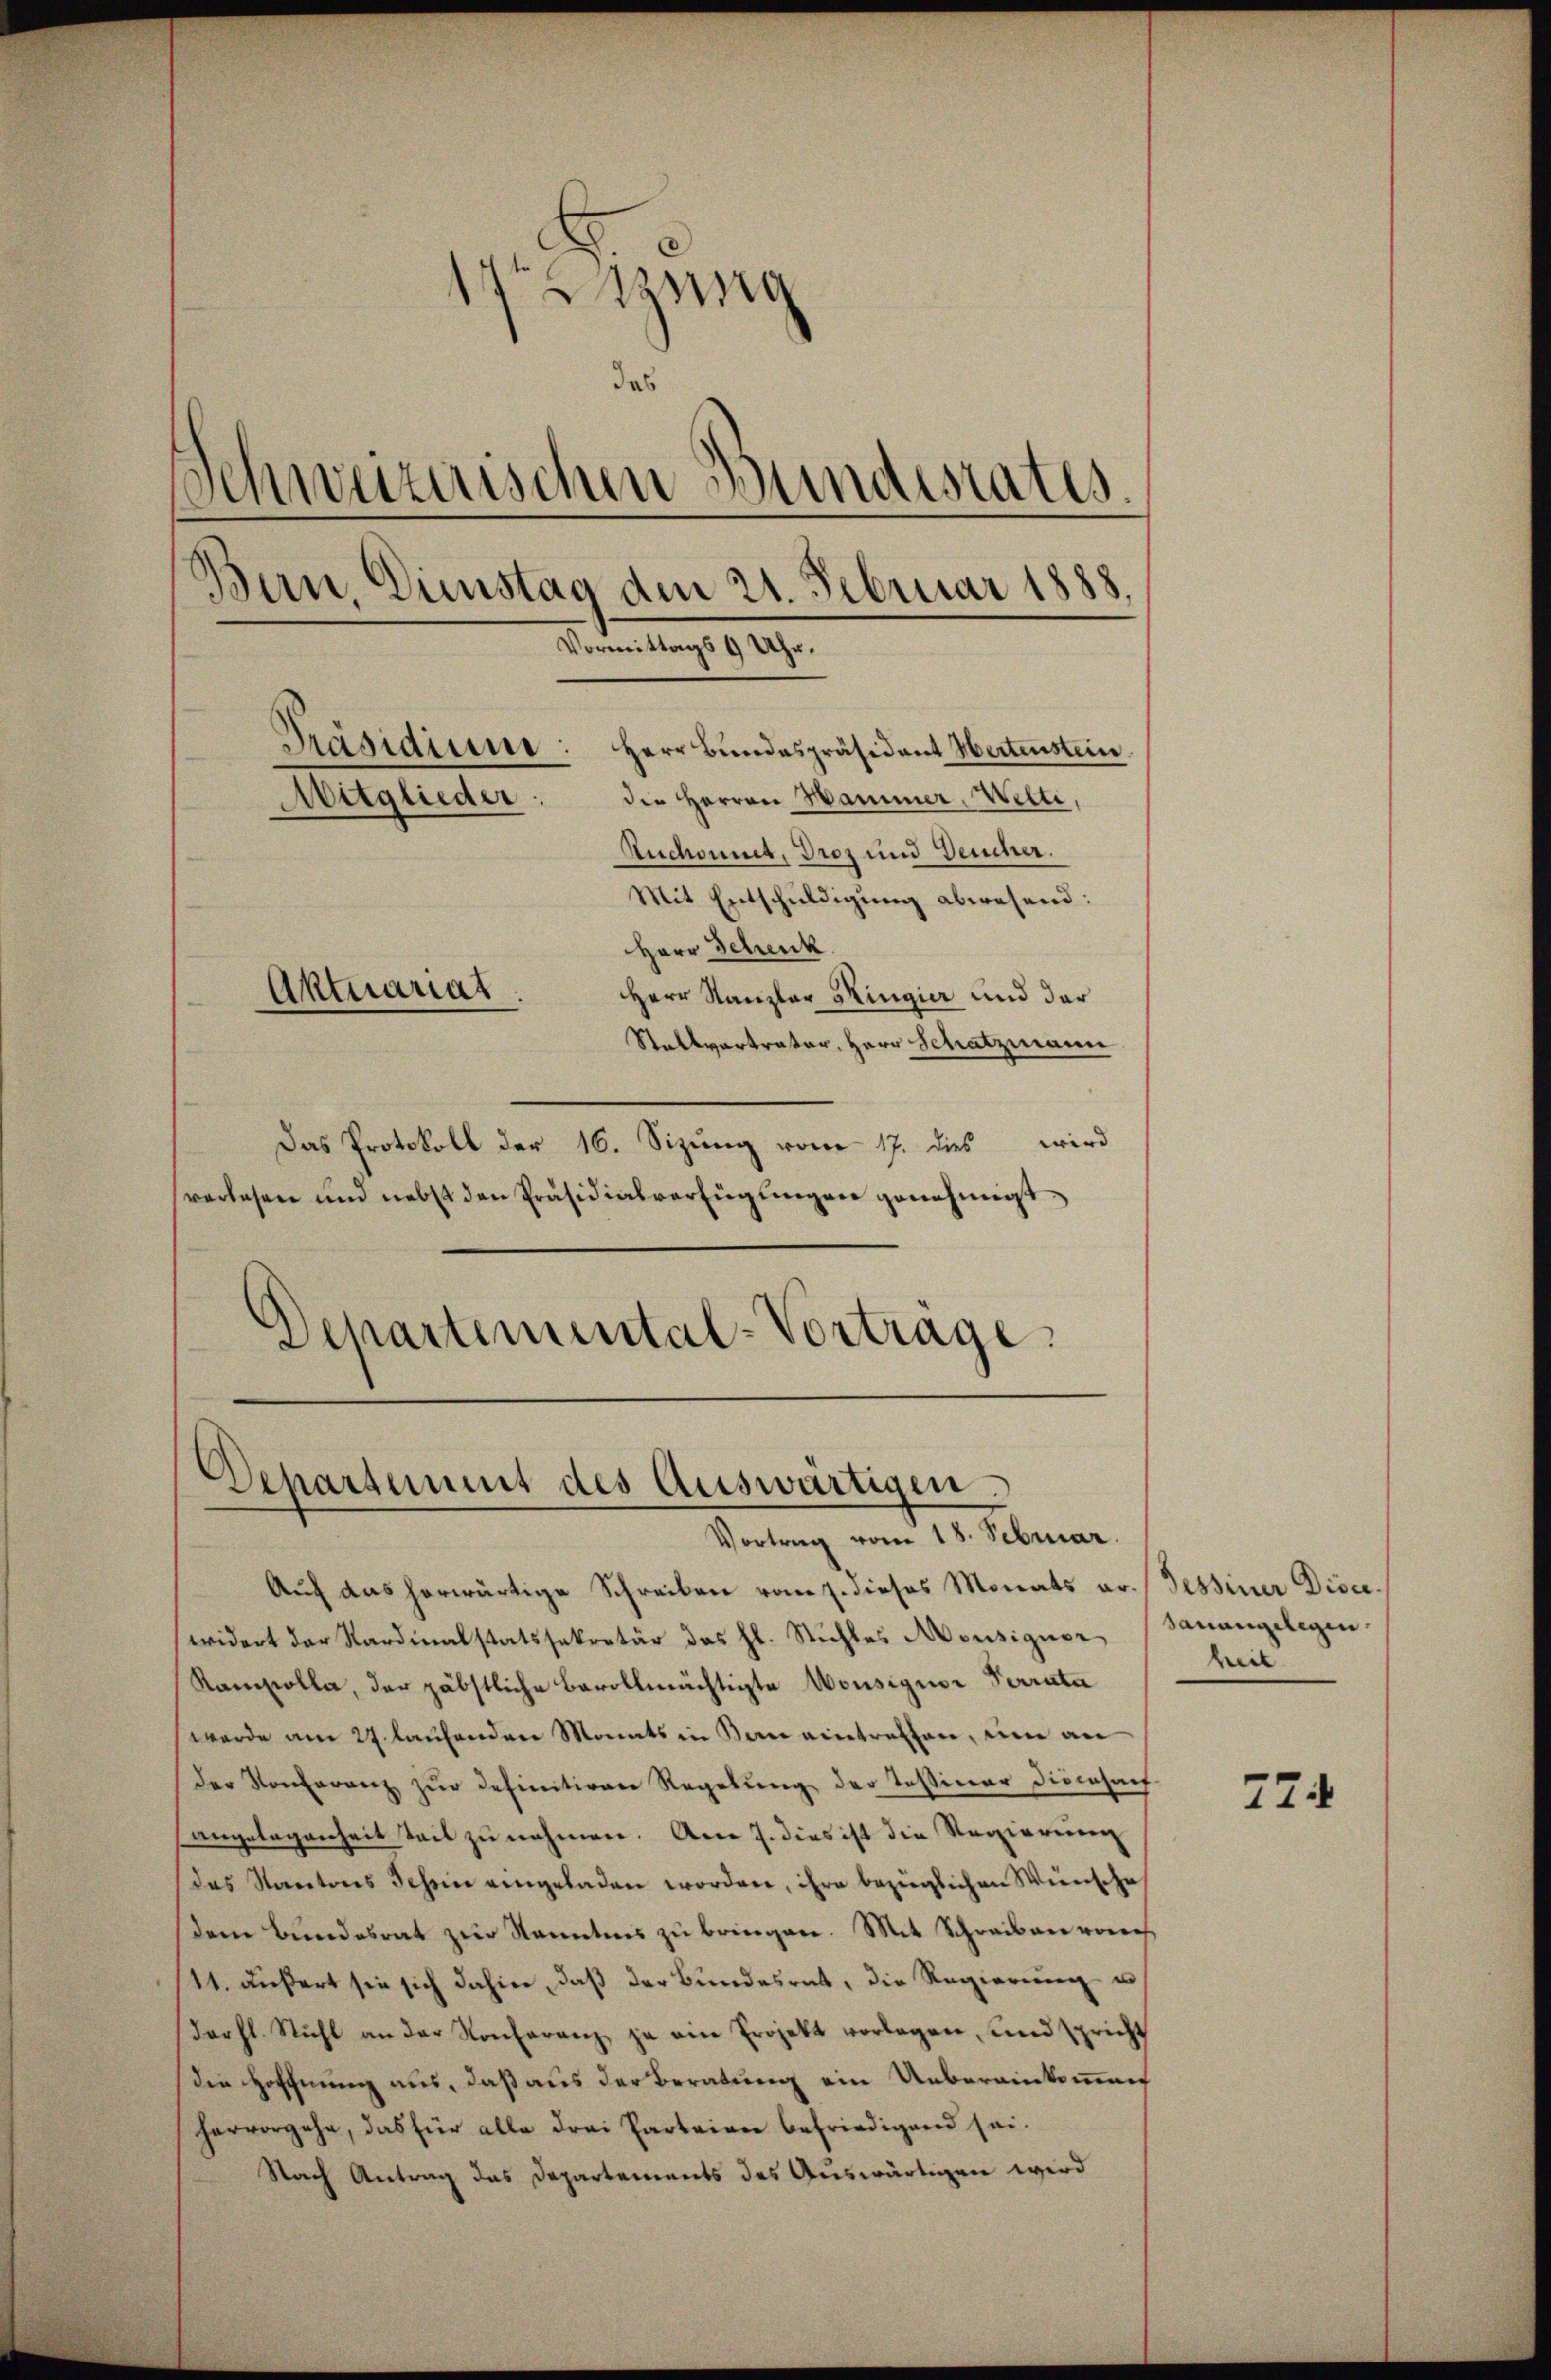
17 g
das
Schweizerischen Bundesrates.
Bern, Dienstag dem 21. Februar 1888.
Vormittags 9 Uhr.
Präsidium: Herr Bŭndespräsident Hertenstein.
Mitglieder.
die Herren Hammer, Welti,
Ruchont, Droz und Deucher.
Mit Entschuldigung abwesend:
Herr Schenk
Aktuariat
HHerr Kanzler Ringier und der
Stallvertrater, Herr Schatzmann

Das Protokoll der 16. Sizung vom 17. dies wird
verlesen und nebst den Präsidialverfügungen genehmigt.
Departemental-Vortrage,

Departement des Auswärtigen.
Vortrag vom 18. Februar.

Auf das herwärtige Schreiben vom 7. dieses Monats pr. Tessiner Disc
widert der Kardinalstatssekretär das hl. Stichles Monsigner, Sanangelegen.
Kamscolla, der päbstliche Bevollmächtigte Wousiquor Terrata
werde am 27. laufenden Monats in Bern eintreffen, um an
der Konferenz zŭr definitiven Regelŭng der Tessiner Diensach
angelegenheit teil zu nehmen. Am 7. dies ist die Regierung
das Kantons Schein eingeladen worden, ihre bezüglichen Wünsche
dem Bundesrat zur Kenntnis zu bringen. Mit Schreiben von
111. äußert sie sich dahier, daß der Bundesrat, die Regierung u
darhl. Stuhl an der Konferenz ja ein Projekt vorlagen, und spricht
die Hoffnung aus, daß aus der Beratung ein Uebereinkommen
hervorgehe, das für alle drei Parteien befriedigend sei.
Nach Antrag das Departements des Auswärtigen wird

heit

724